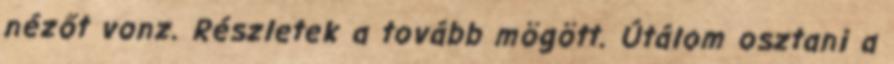
nézőt vonz. Részletek a tovább mögött. Útálom osztani a